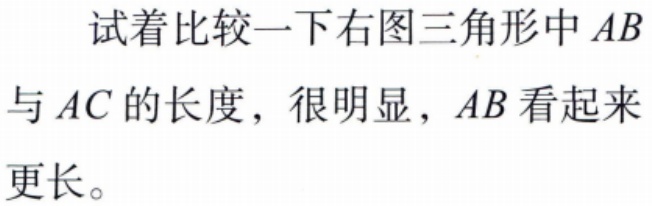
试着比较一下右图三角形中 \(AB\) 与 \(AC\) 的长度，很明显，\(AB\) 看起来更长。